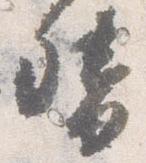
督